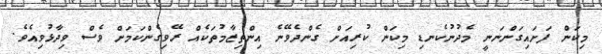
މިކަން ފަށައިގަންނަނީ މެދުނުކެނޑި މިކަން ކުރިއަށް ގެންދެވޭނެ އިންތިޒާމުތަކެއް ރޭވިގެންކަމަށް ވެސް ވިދާޅުވިއެވެ.